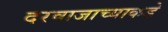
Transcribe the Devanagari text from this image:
दरवाजाच्याकडे